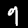
Label: 9